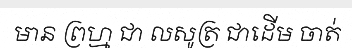
មាន ព្រហ្ម ជា លសូត្រ ជាដើម ចាត់